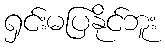
ရှင်းမပြနိုင်ဘူး